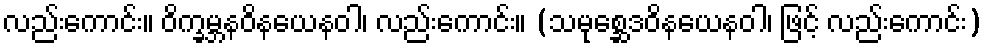
လည်းကောင်း။ ဝိက္ခမ္ဘနဝိနယေနဝါ၊ လည်းကောင်း။ (သမုစ္ဆေဒဝိနယေနဝါ၊ ဖြင့် လည်းကောင်း)